Source: Handwritten
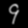
Digit: ၄ (4)